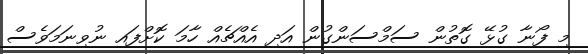
މި ފޯނާ ގުޅޭ ގޮތުން ސަމްސަންގުން އަދި އެއްޗެއް ހާމަ ކޮށްފައި ނުވިނަމަވެސް